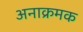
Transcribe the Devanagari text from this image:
अनाक्रमक